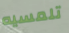
تلمسيه